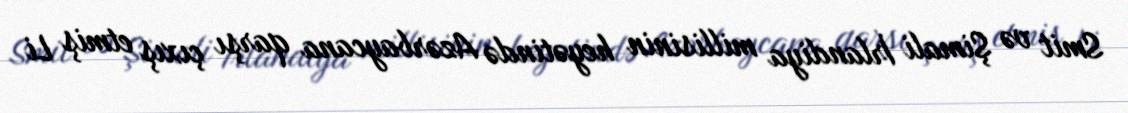
Smit və Şimali İrlandiya millisinin heyətində Azərbaycana qarşı çıxış etmiş Li